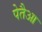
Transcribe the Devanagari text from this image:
पेतैआ